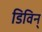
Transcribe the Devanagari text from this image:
डिविन्